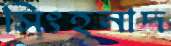
সিংহনাদ